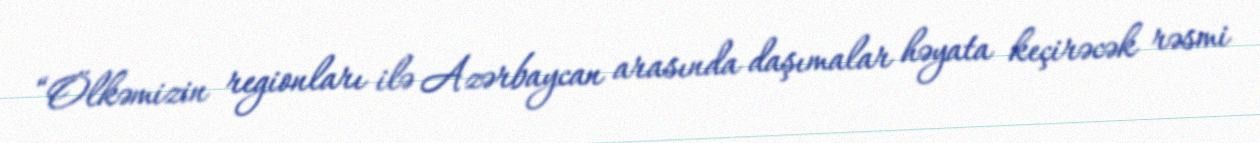
“Ölkəmizin regionları ilə Azərbaycan arasında daşımalar həyata keçirəcək rəsmi